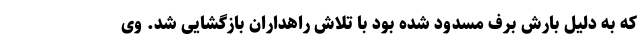
که به دلیل بارش برف مسدود شده بود با تلاش راهداران بازگشایی شد. وی